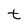
Character: t